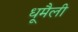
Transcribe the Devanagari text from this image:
धूमैली